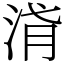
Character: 浳